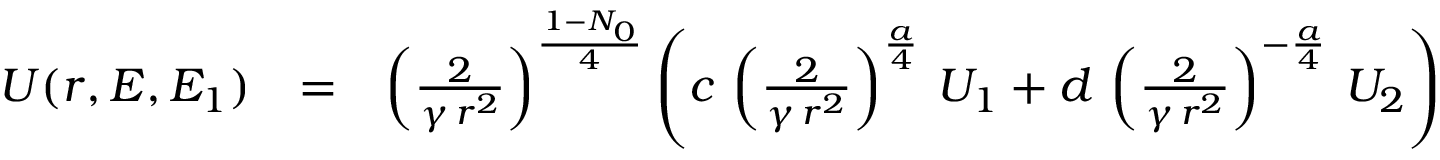
\begin{array} { r l r } { U ( r , E , E _ { 1 } ) } & { = } & { \left( { \frac { 2 } { \gamma \, r ^ { 2 } } } \right) ^ { \frac { 1 - N _ { 0 } } { 4 } } \left( c \, \left( { \frac { 2 } { \gamma \, r ^ { 2 } } } \right) ^ { \frac { a } { 4 } } \, U _ { 1 } + d \, \left( { \frac { 2 } { \gamma \, r ^ { 2 } } } \right) ^ { - \frac { a } { 4 } } \, U _ { 2 } \right) } \end{array}